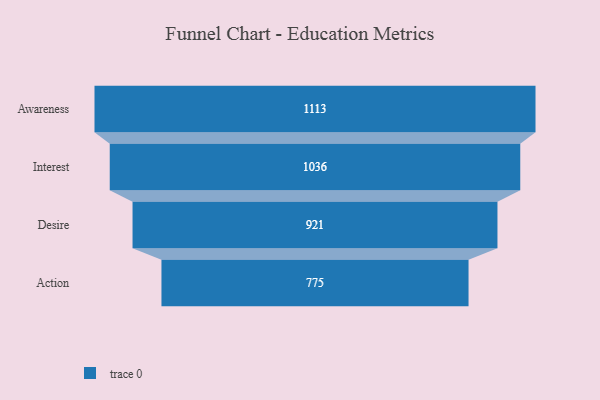
{"axis": {"x": "Stage", "y": "Value"}, "legend": [""], "data": [{"x": "Awareness", "y": 1113.0, "type": ""}, {"x": "Interest", "y": 1036.0, "type": ""}, {"x": "Desire", "y": 921.0, "type": ""}, {"x": "Action", "y": 775.0, "type": ""}]}